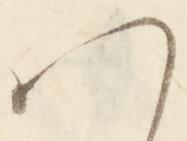
ハ